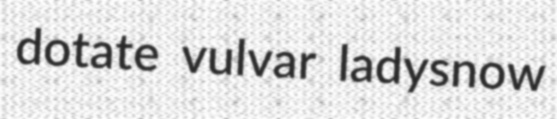
dotate vulvar ladysnow